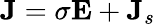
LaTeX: {\mathbf J}=\sigma{\mathbf E}+{\mathbf J}_{s}